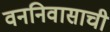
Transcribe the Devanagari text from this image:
वननिवासाची